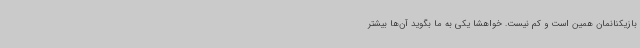
بازیکنانمان همین است و کم نیست. خواهشا یکی به ما بگوید آن‌ها بیشتر